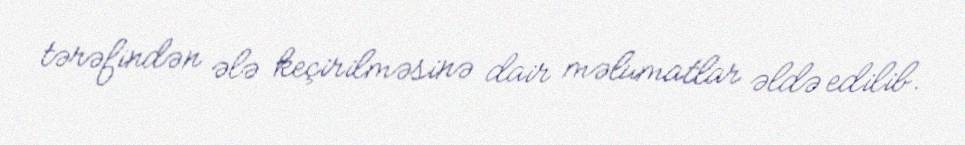
tərəfindən ələ keçirilməsinə dair məlumatlar əldə edilib.